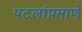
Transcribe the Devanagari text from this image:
पटलांप्रमाणे